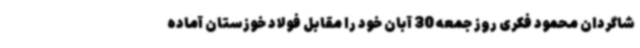
شاگردان محمود فکری روز جمعه 30 آبان خود را مقابل فولاد خوزستان آماده